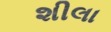
શીલા